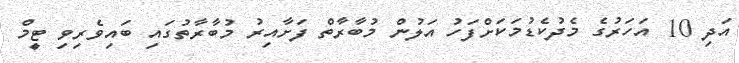
އަދި 10 އަހަރުގެ މެދުކެޑުމަކަށްފަހު އަލުން މުބާރާތް ފަށާއިރު މުބާރާތުގައި ބައިވެރިވި ޓީމް